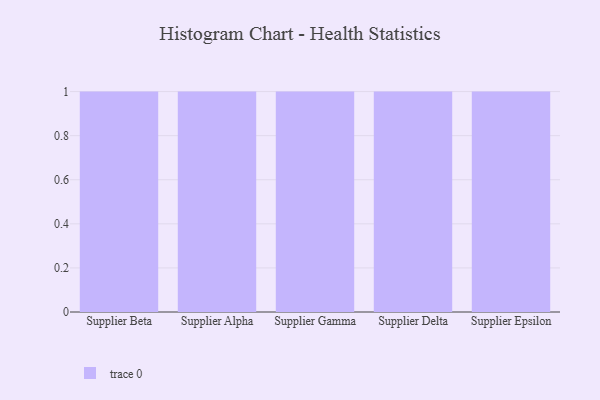
{"axis": {"x": "Supplier", "y": "Operating Costs (USD K)"}, "legend": [""], "data": [{"x": "Supplier Beta", "y": 10, "type": ""}, {"x": "Supplier Alpha", "y": 60, "type": ""}, {"x": "Supplier Gamma", "y": 92, "type": ""}, {"x": "Supplier Delta", "y": 18, "type": ""}, {"x": "Supplier Epsilon", "y": 82, "type": ""}]}